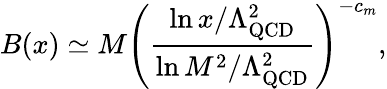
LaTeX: B(x)\simeq M\left(\frac{\ln x/\Lambda_{\mathrm{QCD}}^{2}}{\ln M^{2}/\Lambda_{\mathrm{QCD}}^{2}}\right)^{-c_{m}},